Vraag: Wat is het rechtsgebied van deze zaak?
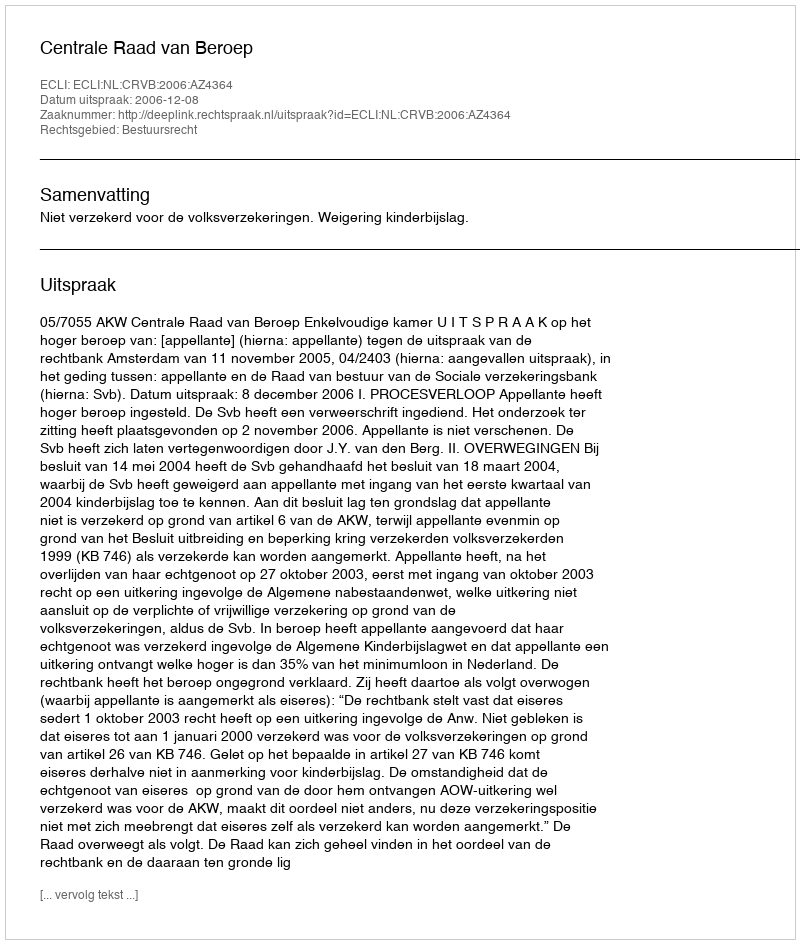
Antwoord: Bestuursrecht